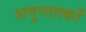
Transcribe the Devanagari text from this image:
अनुनादकों